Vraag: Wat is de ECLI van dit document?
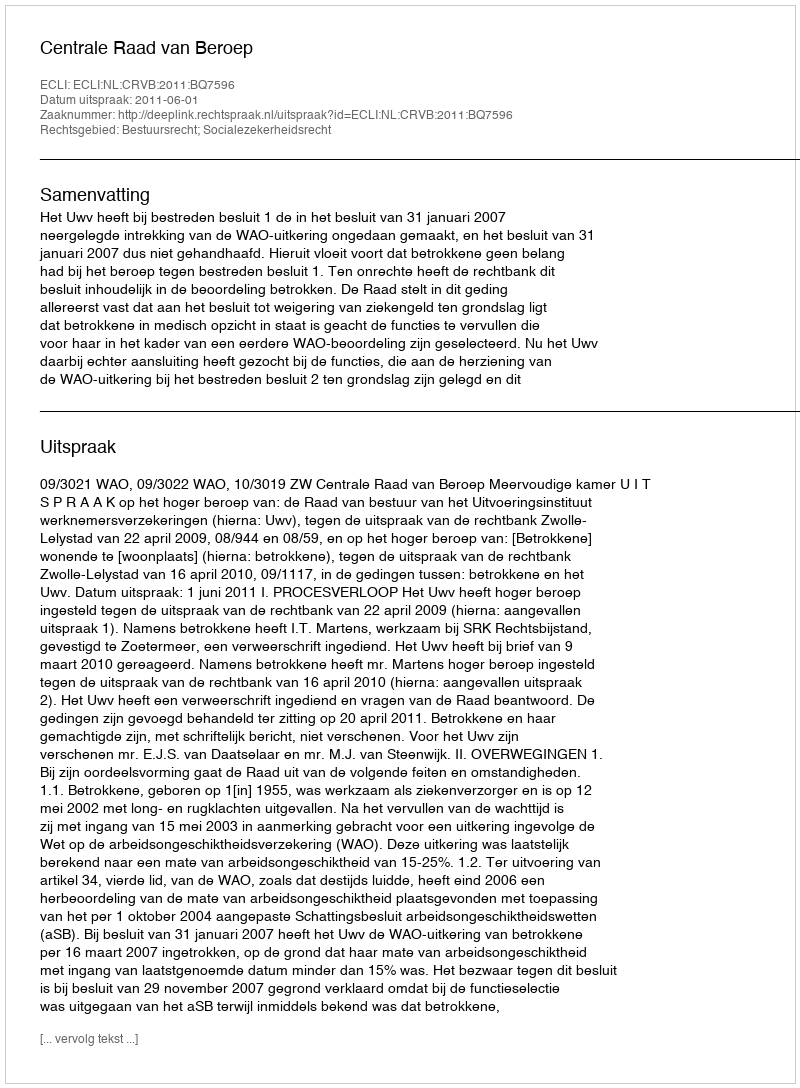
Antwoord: ECLI:NL:CRVB:2011:BQ7596